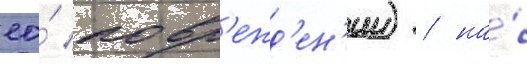
ео́ повр'ежд'ен'ии) / на́